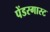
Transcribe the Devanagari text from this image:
पेंडरगास्ट